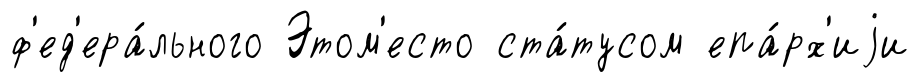
ф'ед'ера́льного Этом'есто ста́тусом епа́рх'иjи